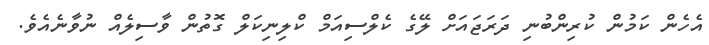
އެހެން ކަމުން ކުރިންބުނި ދަރަޖައަށް ލޭގެ ކެލްސިއަމް ކްލިނިކަލް ގޮތުން ވާސިލެއް ނުވާނެއެވެ.